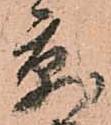
京